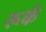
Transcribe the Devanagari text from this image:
रूर्क